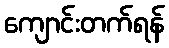
ကျောင်းတက်ရန်